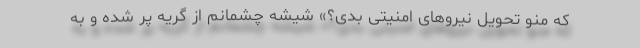
که منو تحویل نیروهای امنیتی بدی؟» شیشه چشمانم از گریه پر شده و به